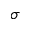
\sigma